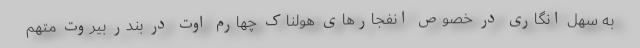
به سهل انگاری در خصوص انفجار‌های هولناک چهارم اوت در بندر بیروت متهم